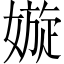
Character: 嫙